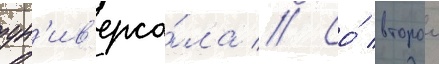
ун'ив'ерса́ла // Со́ второи